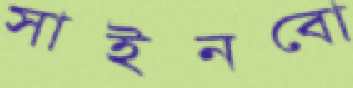
সাইনবো